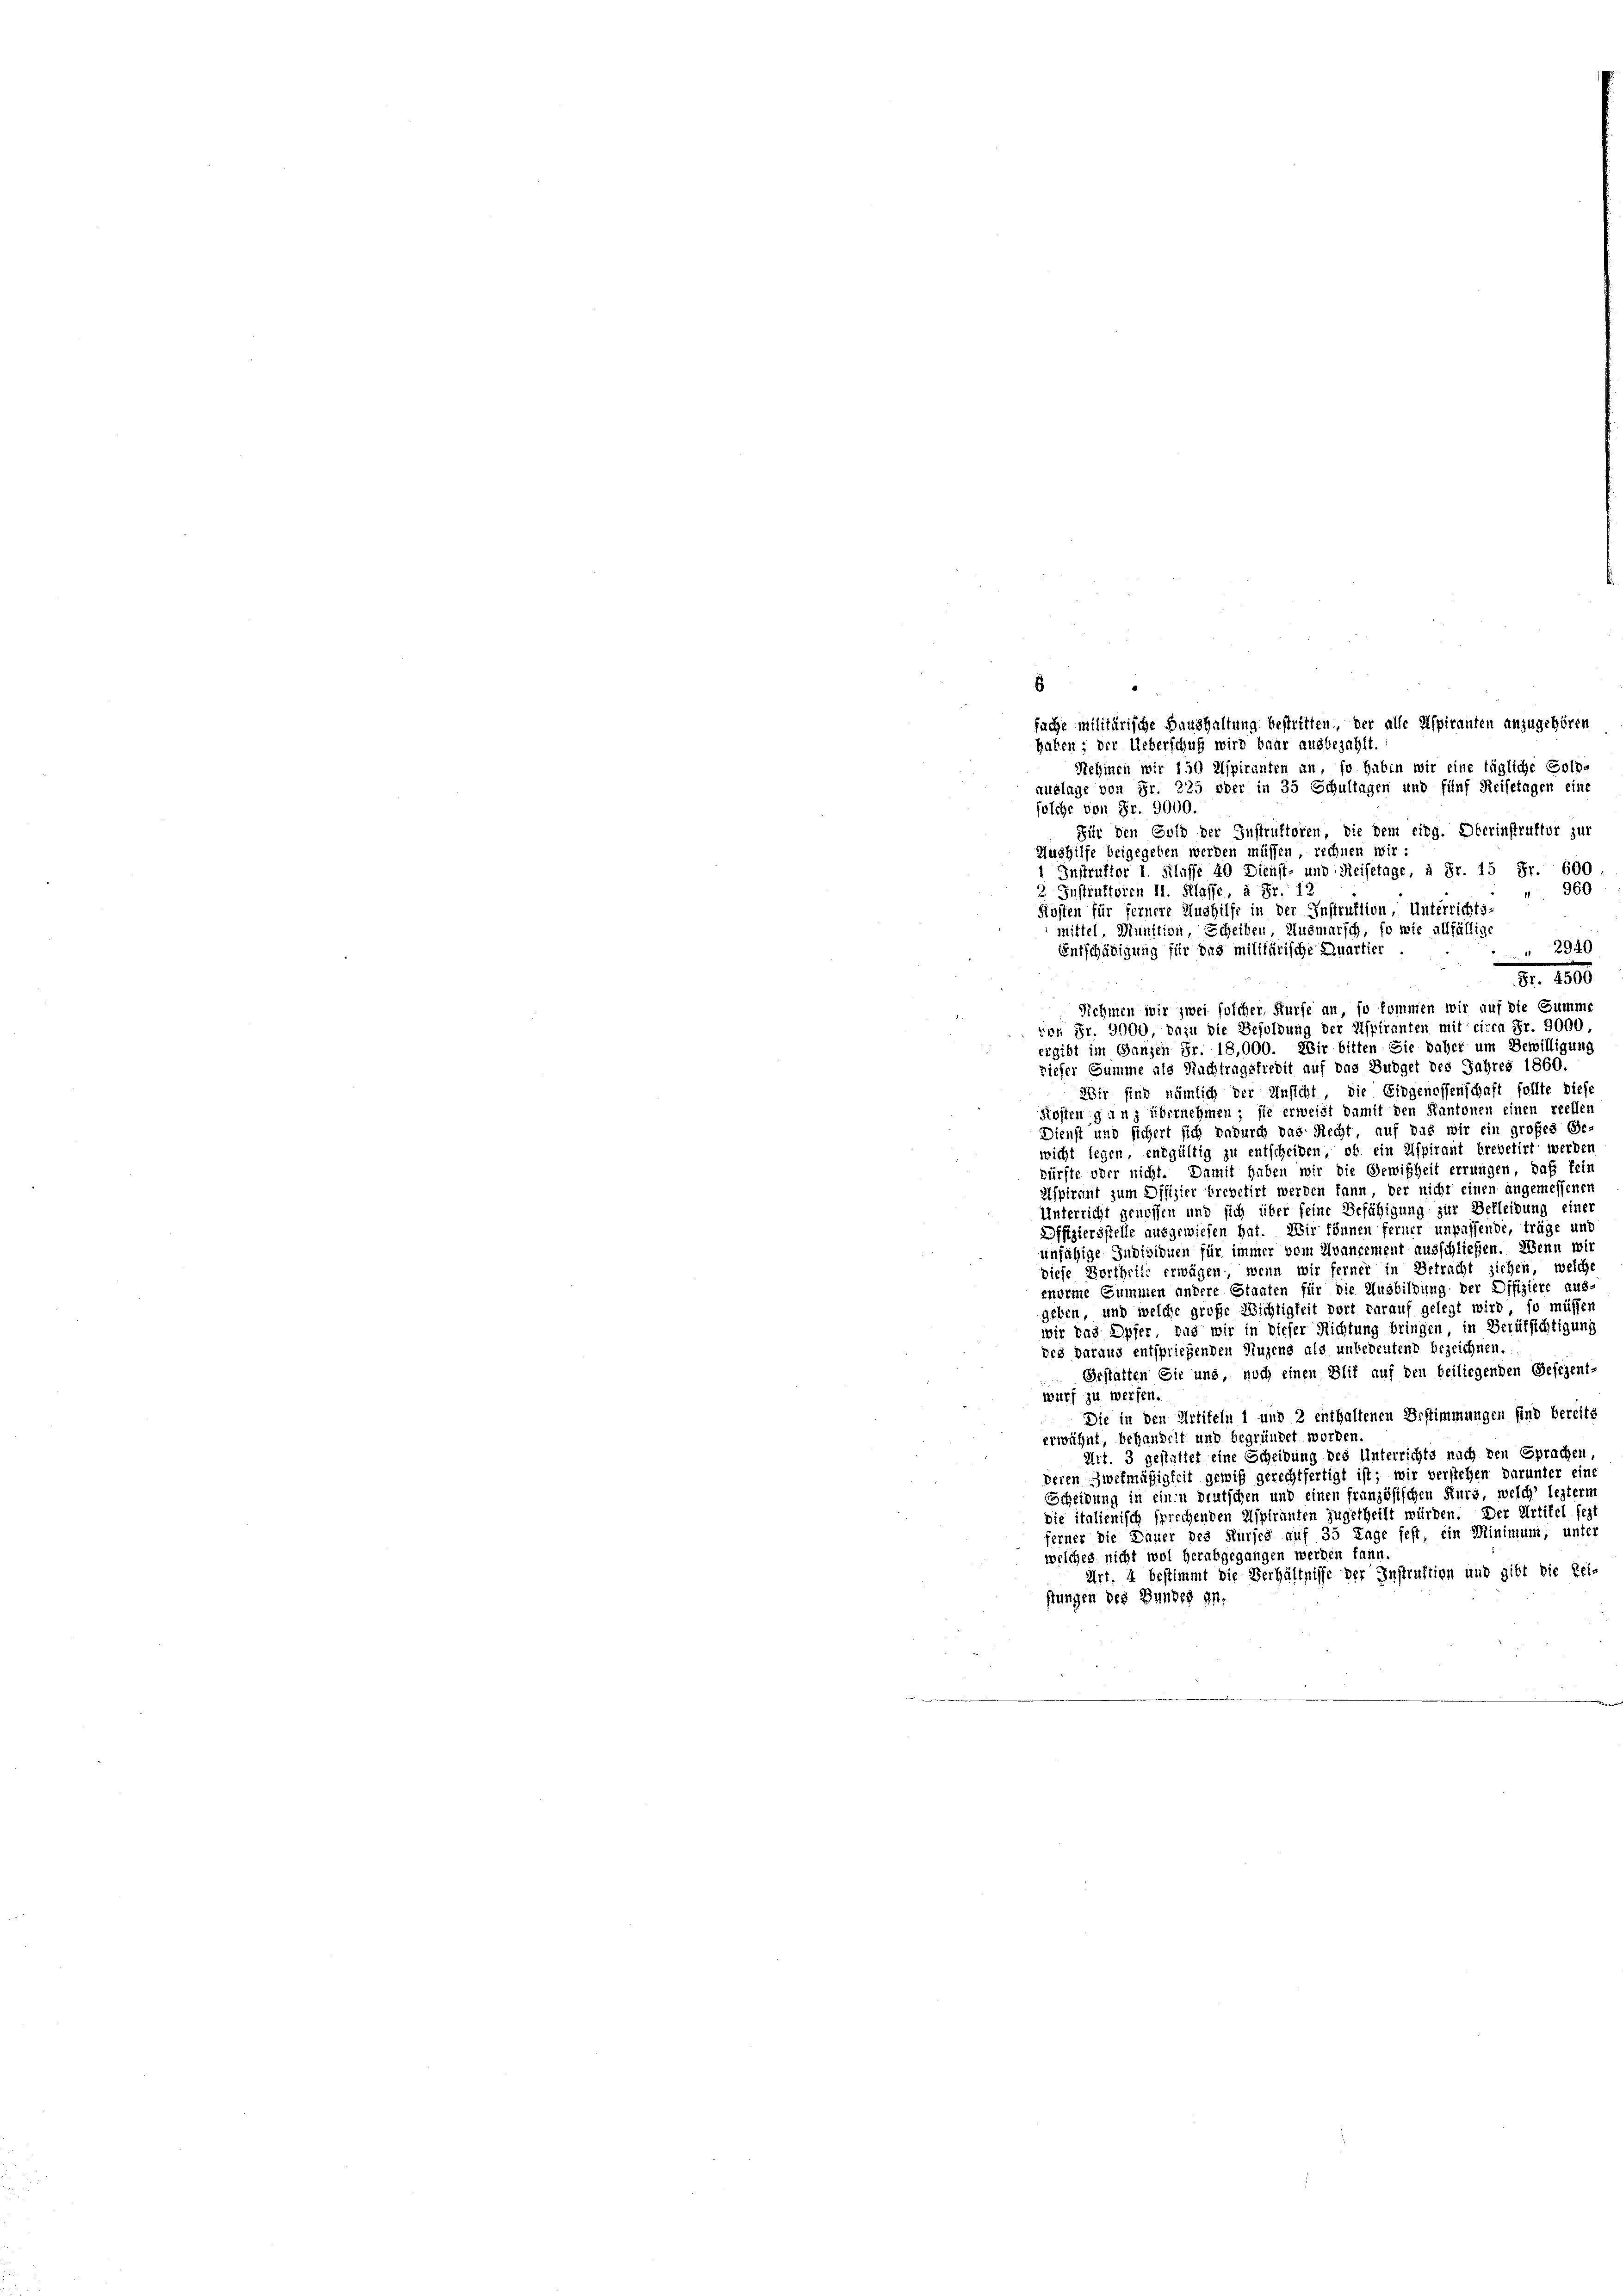
fuche militärische Haushaltung bestritten, der alle Aspiranten anzugehören
haben; der Ueberschuß wird baar ausbezahlt.
Nehmen wir 150 Aspiranten an, so haben wir eine tägliche Solo-
xuglage von Fr. 225 oder in 35 Schultagen und fünf Reisetagen eine
folche von Fr. 9000.
Für den Gold der Instruktoren, die dem eidg. Oberinstruktor zur
Aushilfe beigegeben werden müssen, rechnen wir:
1 Instruktor 1. Klasse 40 Dienst- und Reisetage, à Fr. 15 Fr. 600
 960
3 Instruktoren II. Klasse, à Fr. 12
Kosten für fernere Aushilfe in der Instruktion, Unterrichts-
mittel, Munition, Scheiben Ausmarsch, so wie allfällige
Entschädigung für das militärische Quartier
" " 2940
Nr. 1890
Nehmen wir zwei solcher, Hurfe an, so kommen wir auf die Summe
von Fr. 9000, dazu die Besoldung der Aspiranten mit ciren Fr. 9000.
ergibt im Ganzen Fr. 18,000. Wir bitten Sie daher um Bewilligung
riefer Summe als Nachtragstredit auf das Budget des Jahres 1860.
Wir sind nämlich der Unsicht, die Eidgenossenschaft sollte diese
Kosten ganz übernehmen; sie erweist damit den Kantonen einen reellen
Dienst und sichert sich dadurch das Recht, auf das wir ein großes Gewicht legen, endgültig zu entscheiden, ob ein Aspirant brevetirt werden
dürfte oder nicht. Damit haben wir die Gewißheit errungen, daß fein
Aspirant zum Offizier brevetirt werden kann, der nicht einen angemessenen
Unterricht genossen und sich über feine Befähigung zur Bekleidung einer
Offiziersstelle ausgewiesen hat. Wir können ferner unpassende, träge unt
unfähige Individuen für immer vom Avancement ausschließen. Wenn wir
diese Vortheilt erwägen, wenn wir ferner in Betracht ziehen, welche
enorme Summen andere Staaten für die Ausbildung der Offiziere aus-
geben, und welche große Wichtigkeit wort darauf gelegt wird, so müssen
wir das Opfer, das wir in dieser Richtung bringen, in Berufsichtigung
des daraus entspriegenden Nuzens als unbedeutend bezeichnen.
Gestatten Sie und, noch einen Blit auf den beiliegenden Besizent-
wurf zu werfen.
Die in den Artikeln 1 und 2 enthaltenen Bestimmungen sind bereits
erwähnt, behandelt und begründet worden
Art. 3 gestattet eine Scheidung des Unterrichts nach den Sprachen,
deren Zwekmäßigkeit gewiß gerechtfertigt ist; wir verstehen darunter eine
Escheidung in einen deutschen und einen französischen Kurs, welch’ lezterm
Die italienisch sprechenden Aspiranten zugetheilt würden. Der Artikel fest
ferner die Dauer des Kurfes auf 35 Tage fest, ein Minimum, unter
welches nicht wol herabgegangen werden kann.
Art. 4 bestimmt die Verhältnisse der Instruktion und gibt die Zei-
stungen des Bundes an.

6